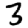
Digit: 3